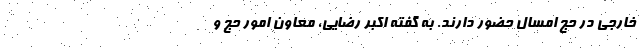
خارجی در حج امسال حضور دارند. به گفته اکبر رضایی، معاون امور حج و